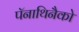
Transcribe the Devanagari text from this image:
पॅनाथिनैको